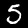
Label: 5